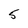
Character: 5